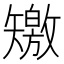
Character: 𥐊